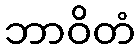
ဘာဝိတံ